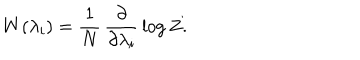
W ( \lambda _ { i } ) = \frac { 1 } { N } \, \frac { \partial } { \partial \lambda _ { i } } \, \log Z .